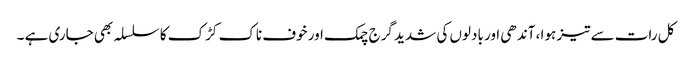
کل رات سے تیز ہوا ، آندھی اور بادلوں کی شدید گرج چمک اور خوف ناک کڑک کا سلسلہ بھی جاری ہے ۔